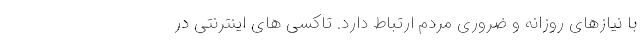
با نیازهای روزانه و ضروری مردم ارتباط دارد. تاکسی های اینترنتی در